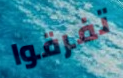
تفرقوا